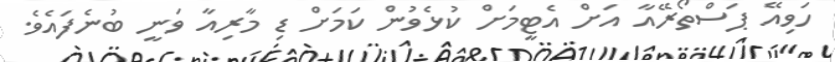
ހަވިއޭ ޕަސްތޯރޭއާ އަށް އެޓީމަށް ކުޅެވުން ކަމަށް ޑި މާރިއާ ވަނީ ބުނެފައެވެ.